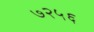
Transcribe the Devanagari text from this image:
७२५६